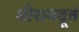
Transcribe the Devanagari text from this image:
श्रीरामदूतं